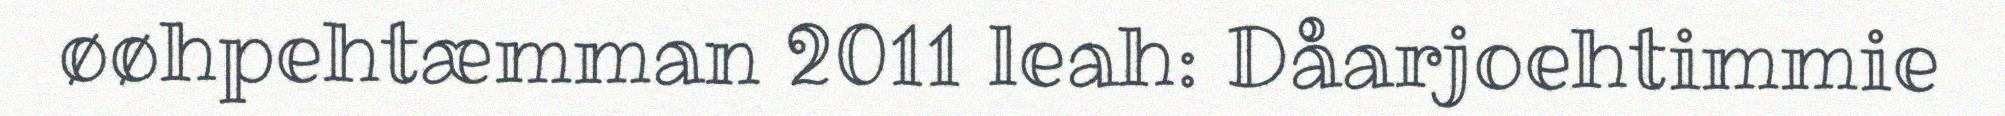
øøhpehtæmman 2011 leah: Dåarjoehtimmie